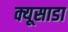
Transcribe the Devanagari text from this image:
क्यूसाडा